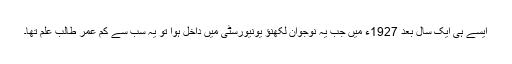
ایسے ہی ایک سال بعد 1927ء میں جب یہ نوجوان لکھنؤ یونیورسٹی میں داخل ہوا تو یہ سب سے کم عمر طالب علم تھا۔